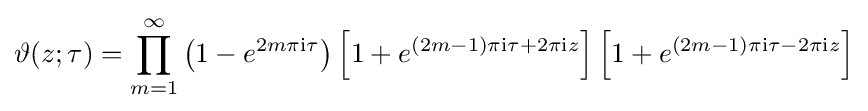
\vartheta (z;\tau )=\prod _{m=1}^{\infty }\left(1-e^{2m\pi {\rm {i}}\tau }\right)\left[1+e^{(2m-1)\pi {\rm {i}}\tau +2\pi {\rm {i}}z}\right]\left[1+e^{(2m-1)\pi {\rm {i}}\tau -2\pi {\rm {i}}z}\right]